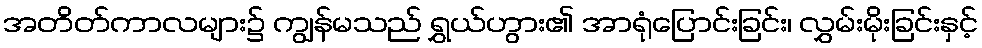
အတိတ်ကာလများ၌ ကျွန်မသည် ရွှယ်ဟွား၏ အာရုံပြောင်းခြင်း၊ လွှမ်းမိုးခြင်းနှင့်